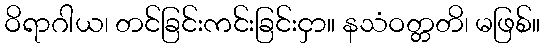
ဝိရာဂါယ၊ တင်ခြင်းကင်းခြင်းငှာ။ နသံဝတ္တတိ၊ မဖြစ်။